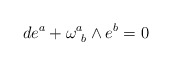
\begin{align*}de^a+\omega^a_{\ b}\wedge e^b=0\end{align*}